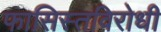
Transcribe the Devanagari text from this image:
फासिस्तविरोधी